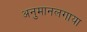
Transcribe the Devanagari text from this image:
अनुमानलगाया